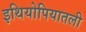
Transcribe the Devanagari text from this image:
इथियोपियातली